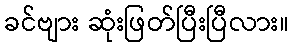
ခင်ဗျား ဆုံးဖြတ်ပြီးပြီလား။